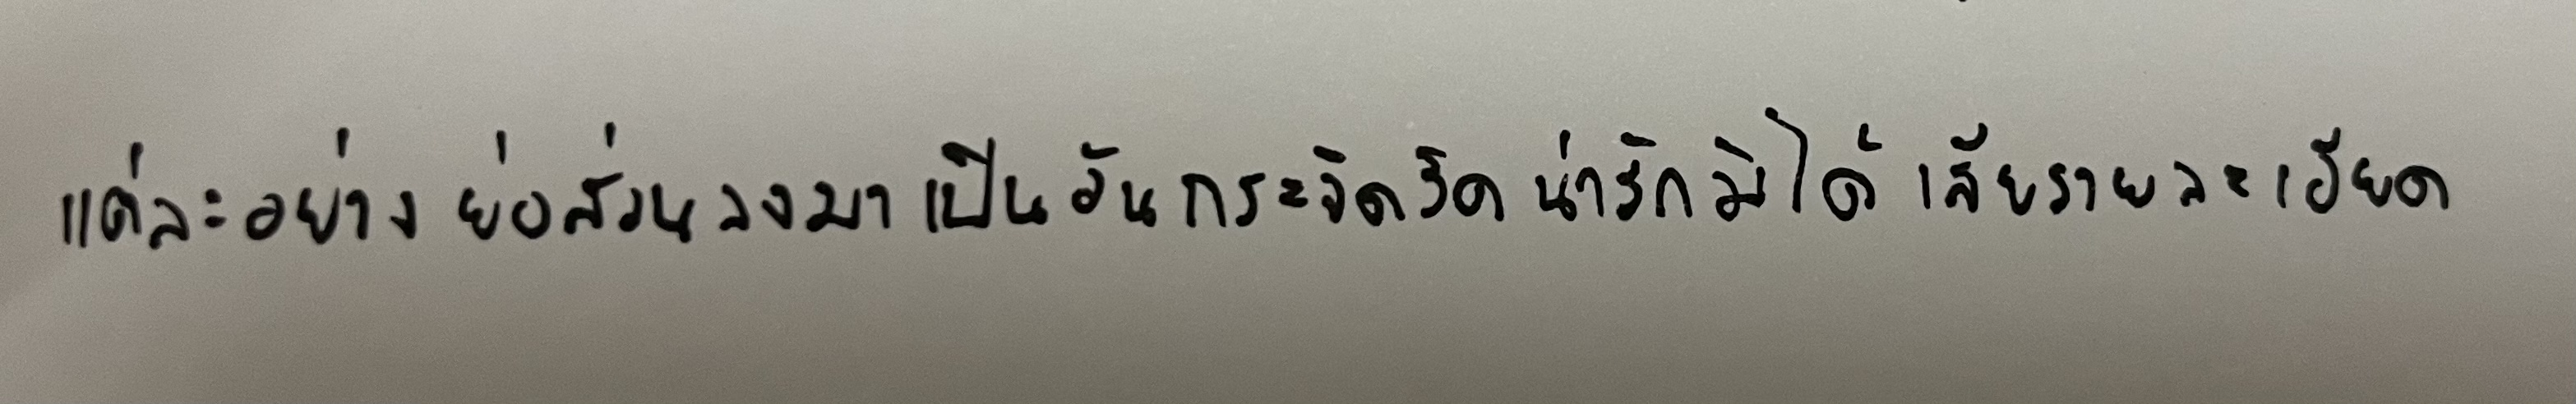
แต่ละอย่างย่อส่วนลงมาเป็นอันกระจิดริดน่ารักมิได้เสียรายละเอียด